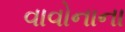
વાવોનાના